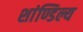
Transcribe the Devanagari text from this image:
शांण्डिल्य